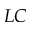
L C